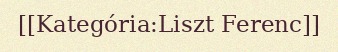
[[Kategória:Liszt Ferenc]]